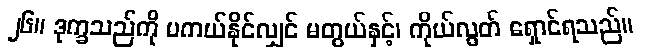
၂၆။ ဒုက္ခသည်ကို မကယ်နိုင်လျှင် မတွယ်နှင့်၊ ကိုယ်လွတ် ရှောင်ရသည်။